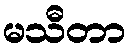
မသီတာ